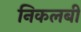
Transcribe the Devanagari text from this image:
निकलबी